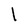
Character: l